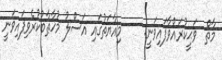
މާތް  ވަޙީކުރައްވާފައިވަނީ:     މިއާޔަތުގައި އަސްލު މުޚާޠާބުކުރެވިފައިވަނީ